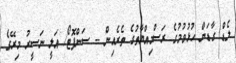
ލެޑް ގާޑަން ހުޅުވުމުގެ ރަސްމިއްޔާތުގެ ތެރެއިން -- ސަންފޮޓޯ/ އަލީ ނަސީރު މިރޭގެ